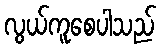
လွယ်ကူစေပါသည်